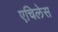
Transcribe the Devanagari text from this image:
एचिलेस